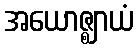
အယောဇ္ဈာယံ